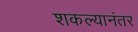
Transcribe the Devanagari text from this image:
शकल्यानंतर